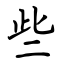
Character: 些